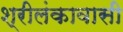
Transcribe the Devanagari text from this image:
श्रीलंकावासी